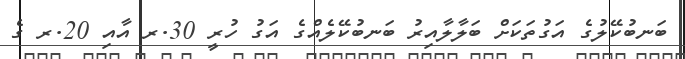
ބަނބުކޭލުގެ އަގުތަކަށް ބަލާލާއިރު ބަނބުކޭލެއްގެ އަގު ހުރީ 30.ރ އާއި 20.ރ ގެ